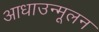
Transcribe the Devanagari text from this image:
आधाउन्मूलन